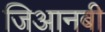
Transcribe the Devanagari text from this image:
जिआनबी